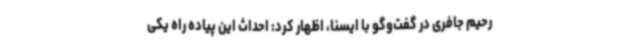
رحیم جافری در گفت‌وگو با ایسنا، اظهار کرد: احداث این پیاده راه یکی